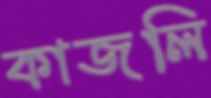
কাজলি